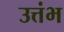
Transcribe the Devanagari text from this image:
उत्तंभ